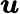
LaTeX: \boldsymbol{u}